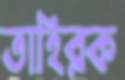
তাহিরক